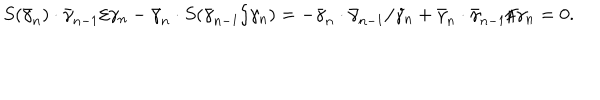
LaTeX: S ( \bar { \gamma } _ { n } ) \cdot \bar { \gamma } _ { n - 1 } / \gamma _ { n } - \bar { \gamma } _ { n } \cdot S ( \bar { \gamma } _ { n - 1 } / \gamma _ { n } ) = - \bar { \gamma } _ { n } \cdot \bar { \gamma } _ { n - 1 } / \gamma _ { n } + \bar { \gamma } _ { n } \cdot \bar { \gamma } _ { n - 1 } / \gamma _ { n } = 0 .